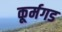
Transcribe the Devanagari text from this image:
कूर्मगड